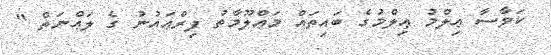
ކަވާސާ ޢިލްމު ޢިލްމުގެ ބައިތައް މަޢްލޫމާތު ފިރްޢައުނު ގެ ލަޢްނަތް ''